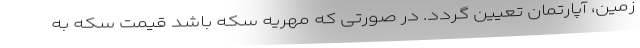
زمین، آپارتمان تعیین گردد. در صورتی که مهریه سکه باشد قیمت سکه به